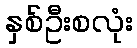
နှစ်ဦးစလုံး